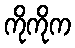
ကိုကိုက